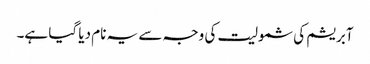
آبریشم کی شمولیت کی وجہ سے یہ نام دیا گیا ہے۔